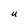
Character: U